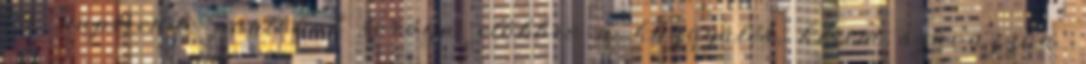
14. napirendi pontokat sorolja előbbre a közgyűlés, kérem szavazzon.